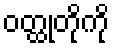
ဝတ္ထုတိုကို